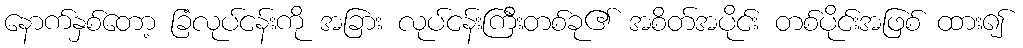
နောက်နှစ်တော့ ခြံလုပ်ငန်းကို အခြား လုပ်ငန်းကြီးတစ်ခု၏ အစိတ်အပိုင်း တစ်ပိုင်းအဖြစ် ထား၍